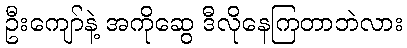
ဦးကျော်နဲ့ အကိုဆွေ ဒီလိုနေကြတာဘဲလား